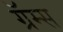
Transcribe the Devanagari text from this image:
ग्रॅम्स